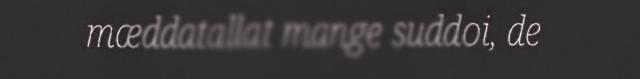
mæddatallat mange suddoi, de